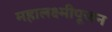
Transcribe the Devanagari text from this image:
महालक्ष्मीपूजन